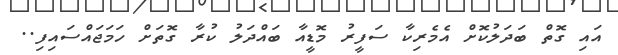
އައި ގޮތް ބަދަލުކޮށް އެމެރިކާ ސަފީރު މޮޑީއާ ބައްދަލު ކުރާ ގޮތަށް ހަމަޖައްސައިފި..